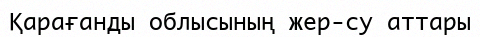
Қарағанды облысының жер-су аттары